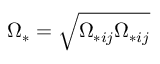
\Omega _ { \ast } = \sqrt { \Omega _ { \ast i j } \Omega _ { \ast i j } }